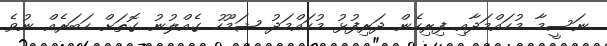
ނަސީމާ މުހައްމަދާއި ފިރިހެން ދަރިފުޅު މުހައްމަދު ޝަމޫހު ގެއްލުނު ގޮތަށް ހަބަރެއް ނުވެ